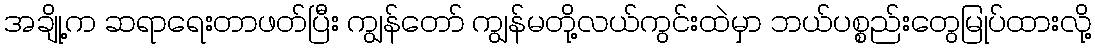
အချို့က ဆရာရေးတာဖတ်ပြီး ကျွန်တော် ကျွန်မတို့လယ်ကွင်းထဲမှာ ဘယ်ပစ္စည်းတွေမြုပ်ထားလို့